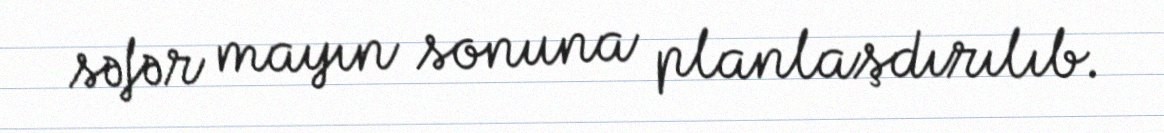
səfər mayın sonuna planlaşdırılıb.